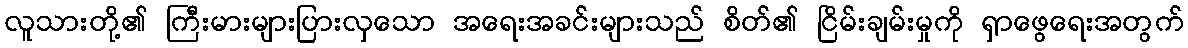
လူသားတို့၏ ကြီးမားများပြားလှသော အရေးအခင်းများသည် စိတ်၏ ငြိမ်းချမ်းမှုကို ရှာဖွေရေးအတွက်